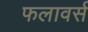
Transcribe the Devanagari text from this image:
फलावर्स